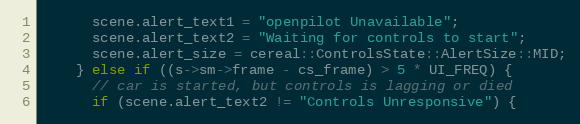
Language: C++
      scene.alert_text1 = "openpilot Unavailable";
      scene.alert_text2 = "Waiting for controls to start";
      scene.alert_size = cereal::ControlsState::AlertSize::MID;
    } else if ((s->sm->frame - cs_frame) > 5 * UI_FREQ) {
      // car is started, but controls is lagging or died
      if (scene.alert_text2 != "Controls Unresponsive") {